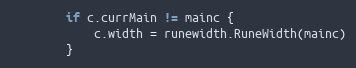
Language: Go
		if c.currMain != mainc {
			c.width = runewidth.RuneWidth(mainc)
		}